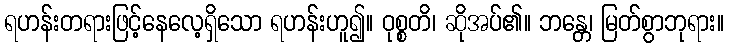
ရဟန်းတရားဖြင့်နေလေ့ရှိသော ရဟန်းဟူ၍။ ဝုစ္စတိ၊ ဆိုအပ်၏။ ဘန္တေ၊ မြတ်စွာဘုရား။